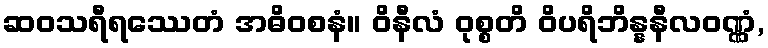
ဆဝသရီရဿေတံ အဓိဝစနံ။ ဝိနီလံ ဝုစ္စတိ ဝိပရိဘိန္နနီလဝဏ္ဏံ,